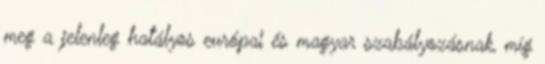
meg a jelenleg hatályos európai és magyar szabályozásnak, míg